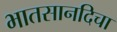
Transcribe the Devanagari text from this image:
भातसानदिचा